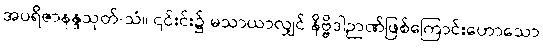
အပရိဇာနန္ဒသုတ်-သံ။ ၎င်းင်း၌ မသာယာလျှင် နိဗ္ဗိဒါဉာဏ်ဖြစ်ကြောင်းဟောသော